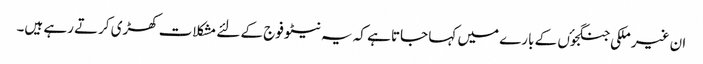
ان غیر ملکی جنگجوٴں کے بارے میں کہا جاتا ہے کہ یہ نیٹو فوج کے لئے مشکلات کھڑی کرتے رہے ہیں۔